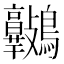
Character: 𪈷